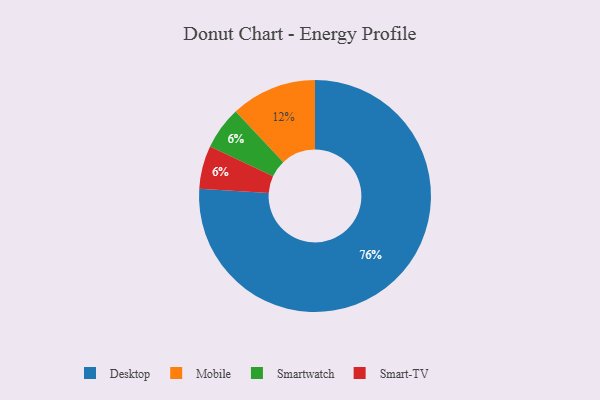
{"axis": {"x": "Category", "y": "Percentage"}, "legend": ["Desktop", "Mobile", "Smart-TV", "Smartwatch"], "data": [{"x": "Desktop", "y": 76, "type": "Desktop"}, {"x": "Smartwatch", "y": 6, "type": "Smartwatch"}, {"x": "Mobile", "y": 12, "type": "Mobile"}, {"x": "Smart-TV", "y": 6, "type": "Smart-TV"}]}